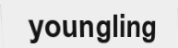
youngling